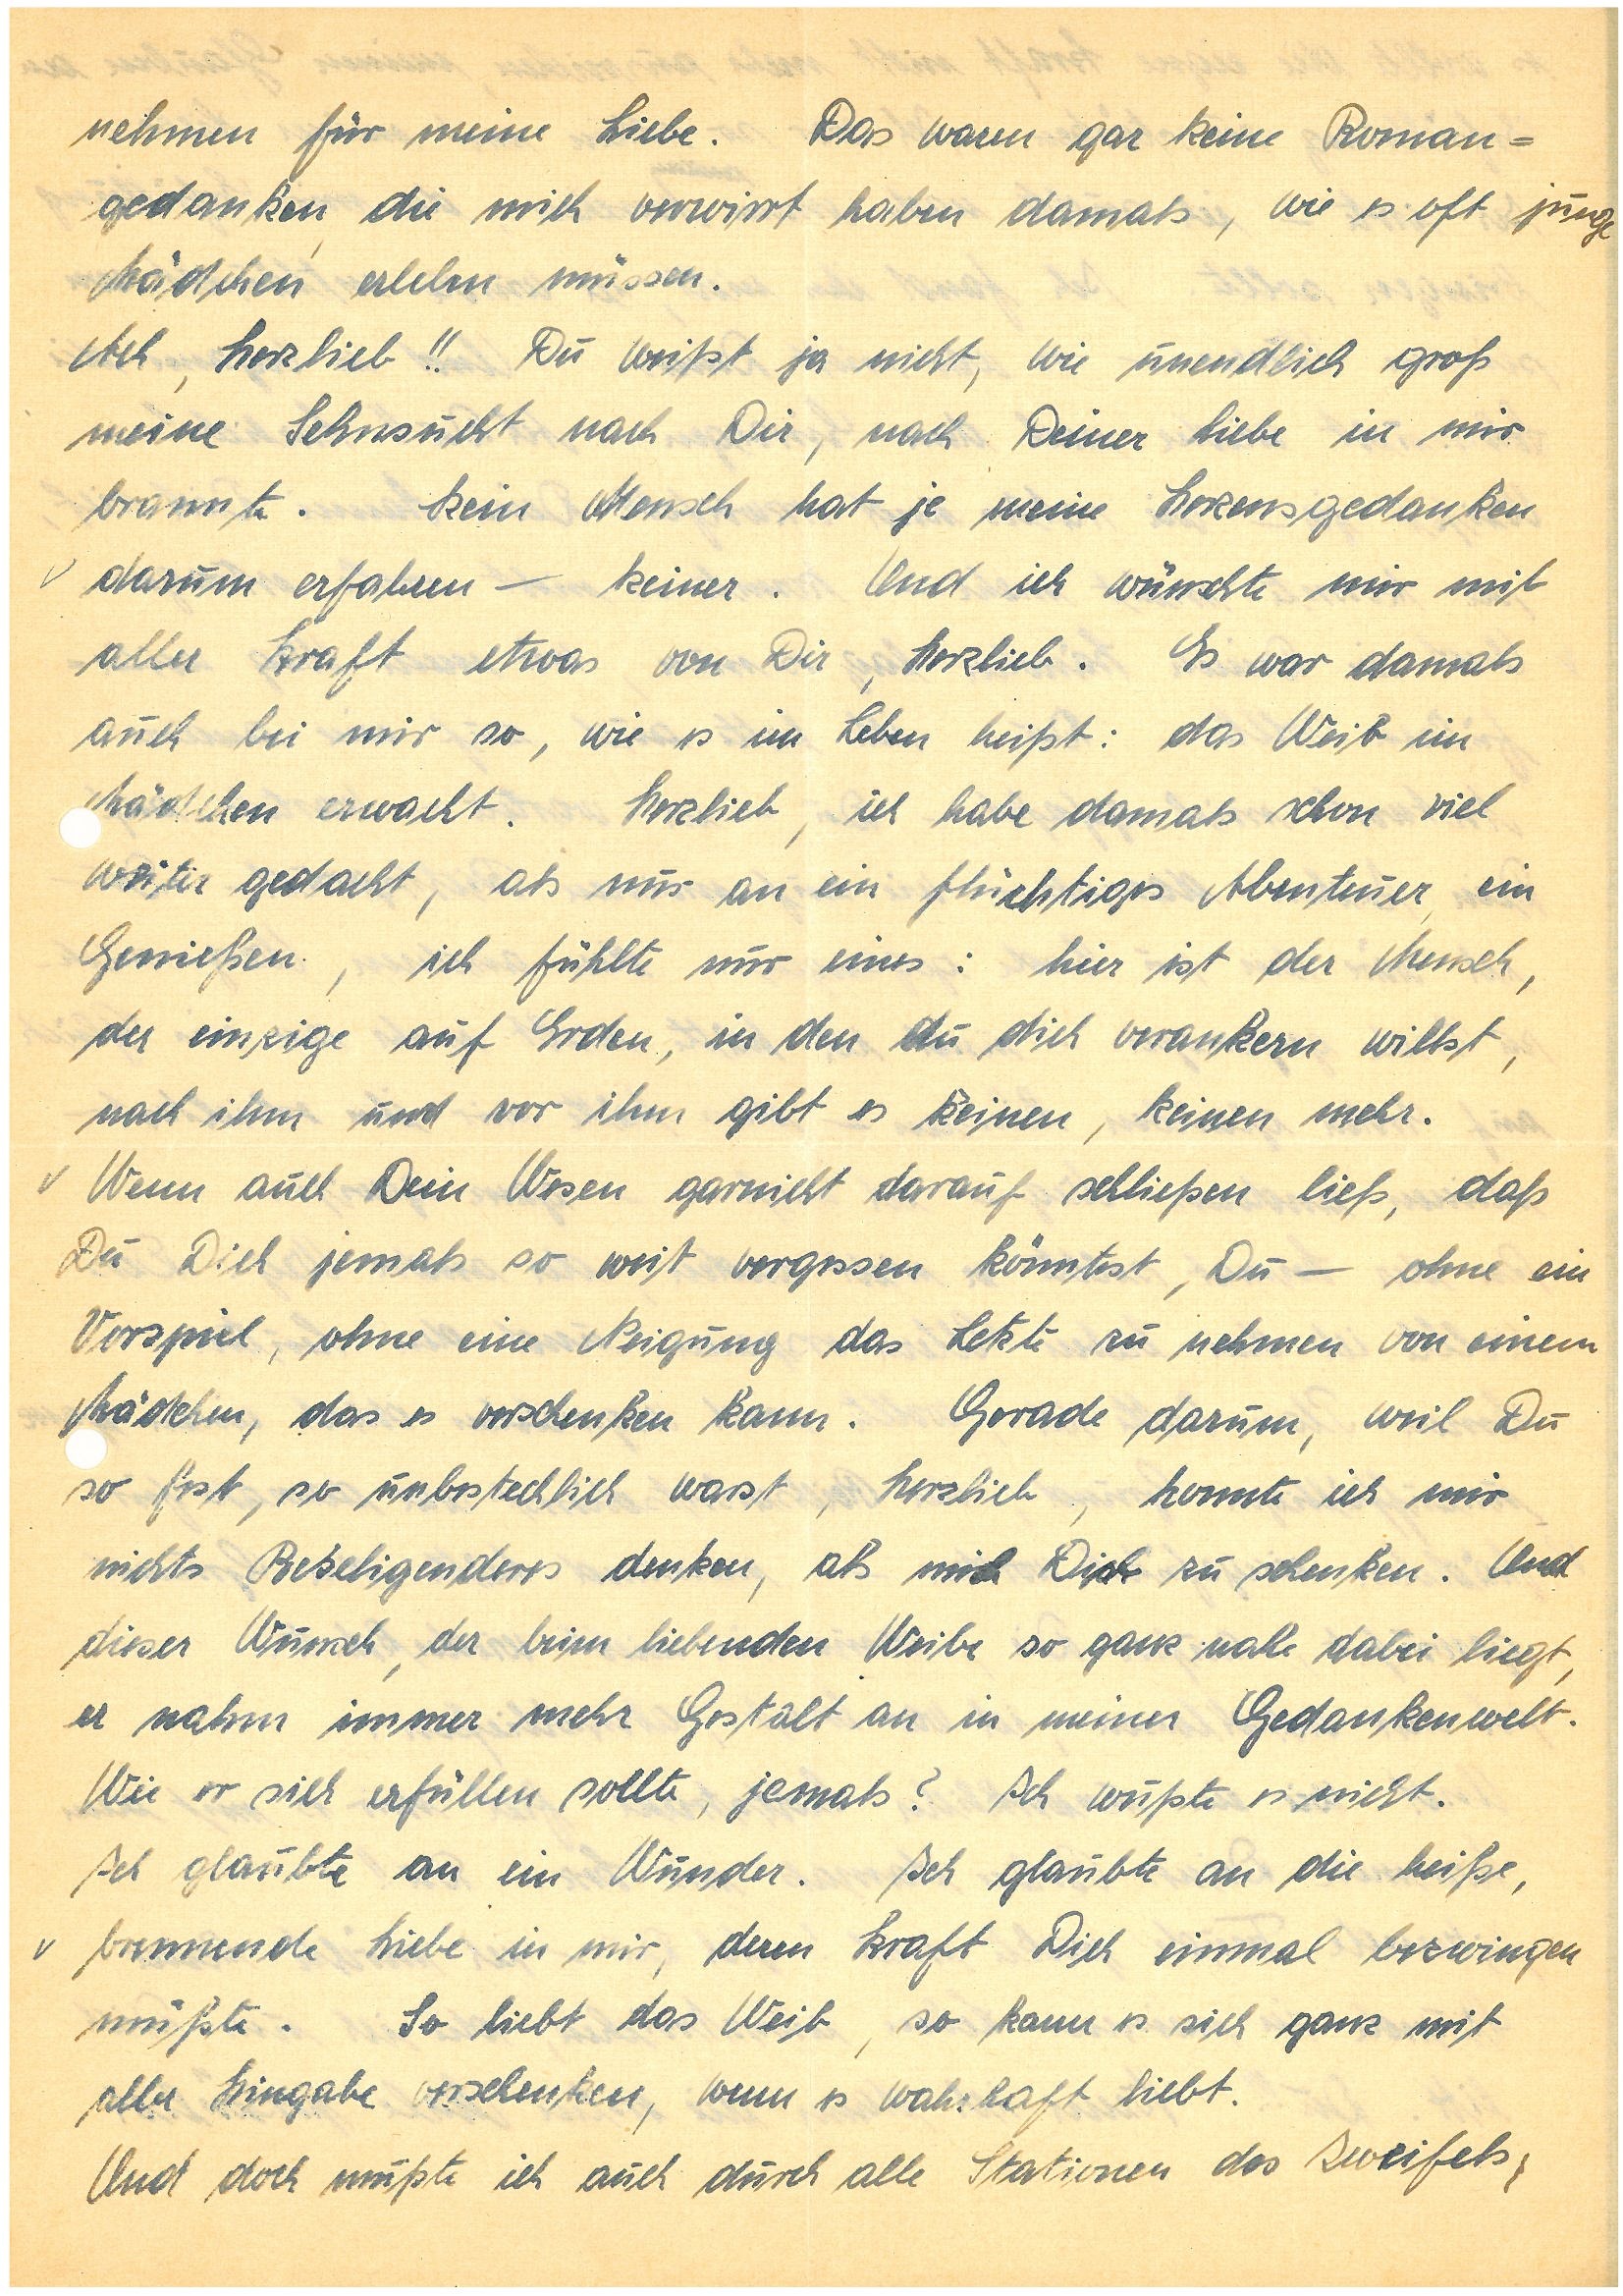
nehmen für meine Liebe. Das waren gar keine Roman¬
gedanken, die mich verwirrt haben damals, wie es oft junge
Mädchen erleben müssen.
Ach, Herzlieb!! Du weißt ja nicht, wie unendlich groß
meine Sehnsucht nach Dir, nach Deiner Liebe in mir
brannte. Kein Mensch hat je meine Herzensgedanken
darum erfahren – keiner. Und ich wünschte mir mit
aller Kraft etwas von Dir, Herzlieb. Es war damals
auch bei mir so, wie es im Leben heißt: das Weib im
Mädchen erwacht. Herzlieb, ich habe damals schon viel
weiter gedacht, als nur an ein flüchtiges Abenteuer, ein
Genießen, ich fühlte nur eines: hier ist der Mensch,
der einzige auf Erden, in den du dich verankern willst,
nach ihm und vor ihm gibt es keinen, keinen mehr.
Wenn auch Dein Wesen garnicht darauf schließen ließ, daß
Du Dich jemals so weit vergessen könntest, Du – ohne ein
Vorspiel, ohne eine Neigung das Letzte zu nehmen von einem
Mädchen, das es verschenken kann. Gerade darum, weil Du
so fest, so unbestechlich warst, Herzlieb, konnte ich mir
nichts Beseligenderes denken, als mich Dichr zu schenken. Und
dieser Wunsch, der beim liebenden Weibe so ganz nahe dabei liegt,
er nahm immer mehr Gestalt an in meiner Gedankenwelt.
Wie er sich erfüllen sollte, jemals? Ich wußte es nicht.
Ich glaubte an ein Wunder. Ich glaubte an die heiße,
brennende Liebe in mir, deren Kraft Dich einmal bezwingen
müßte. So liebt das Weib, so kann es sich ganz mit
aller Hingabe verschenken, wenn es wahrhaft liebt.
Und doch mußte ich auch durch alle Stationen des Zweifels,